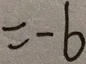
= - 6